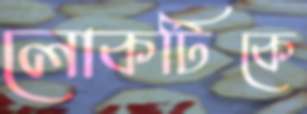
লোকটিকে